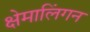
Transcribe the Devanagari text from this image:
क्षेमालिंगन